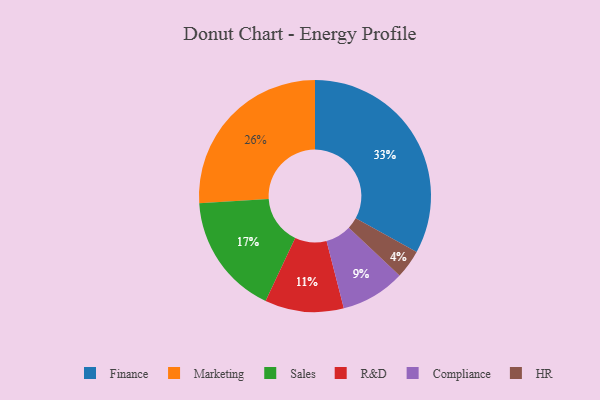
{"axis": {"x": "Category", "y": "Percentage"}, "legend": ["Compliance", "Finance", "HR", "Marketing", "R&D", "Sales"], "data": [{"x": "Sales", "y": 17, "type": "Sales"}, {"x": "R&D", "y": 11, "type": "R&D"}, {"x": "Marketing", "y": 26, "type": "Marketing"}, {"x": "HR", "y": 4, "type": "HR"}, {"x": "Finance", "y": 33, "type": "Finance"}, {"x": "Compliance", "y": 9, "type": "Compliance"}]}